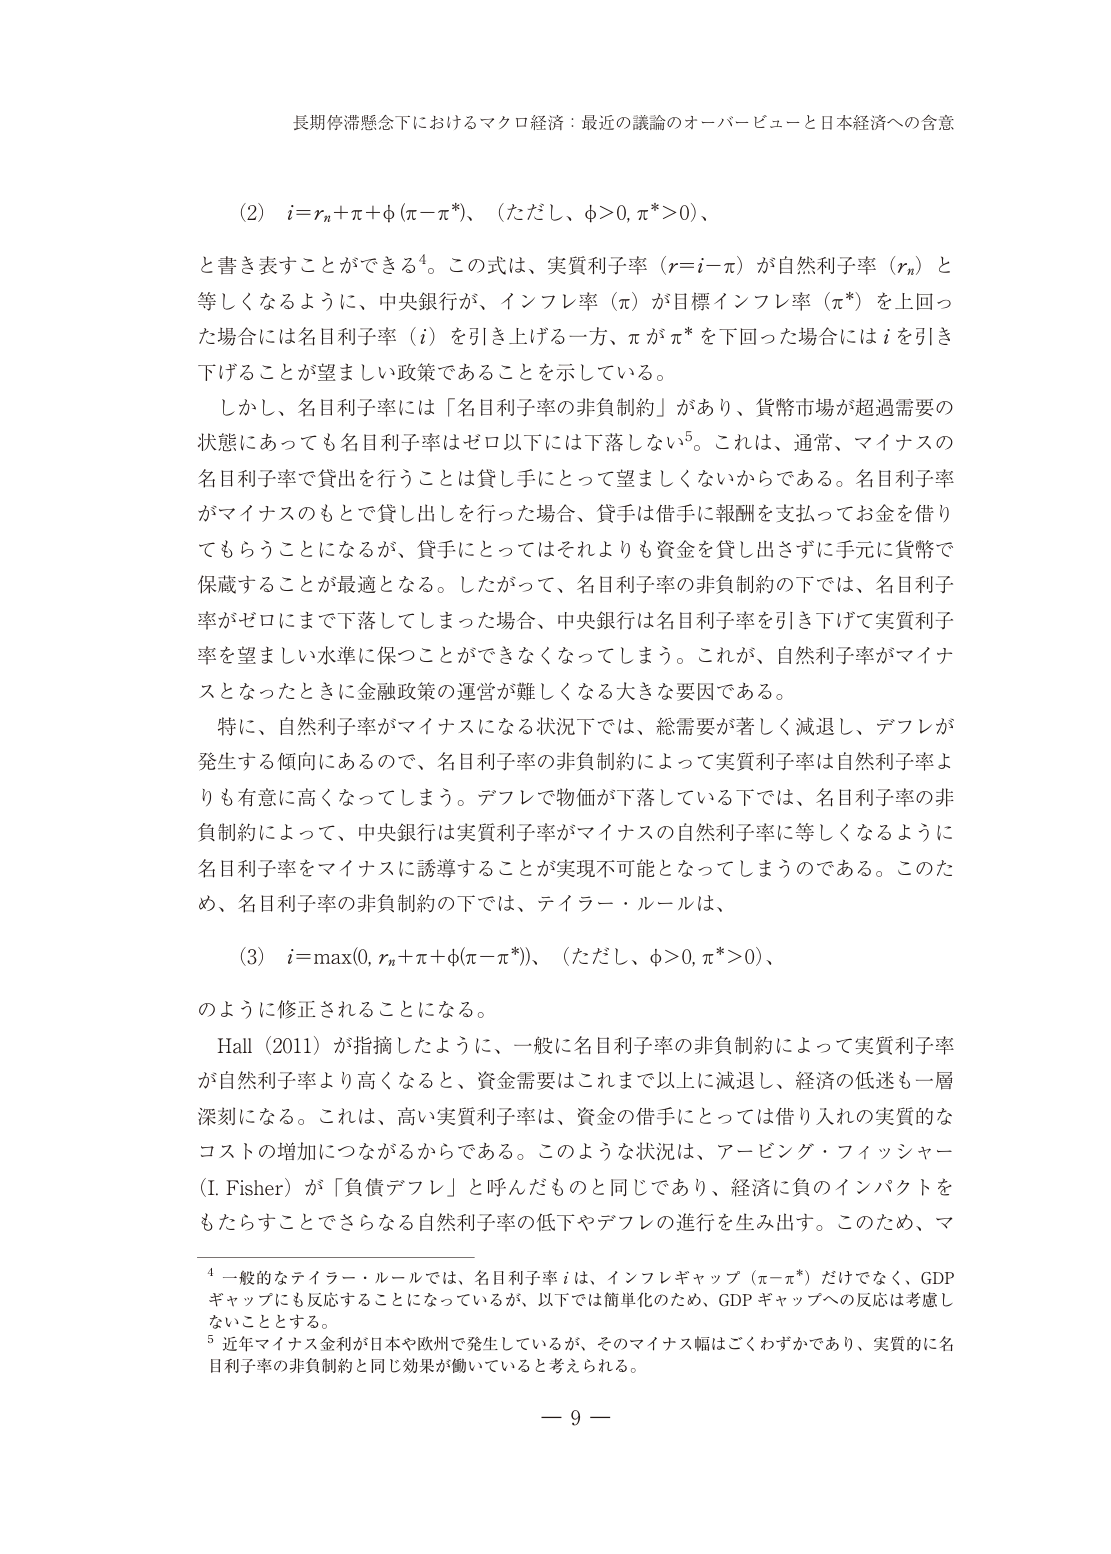
長期停滞懸念下におけるマクロ経済：最近の議論のオーバービューと日本経済への含意

(2)　i = r_n + π + φ(π - π*)、（ただし、φ > 0, π* > 0）、
と書き表すことができる⁴。この式は、実質利子率（r = i - π）が自然利子率（r_n）と等しくなるように、中央銀行が、インフレ率（π）が目標インフレ率（π*）を上回った場合には名目利子率（i）を引き上げる一方、πがπ*を下回った場合にはiを引き下げることが望ましい政策であることを示している。

しかし、名目利子率には「名目利子率の非負制約」があり、貨幣市場が超過需要の状態にあっても名目利子率はゼロ以下には下落しない⁵。これは、通常、マイナスの名目利子率で貸出を行うことは貸し手にとって望ましくないからである。名目利子率がマイナスのもとで貸し出しを行った場合、貸手は借手に報酬を支払ってお金を借りてもらうことになるが、貸手にとってはそれよりも資金を貸し出さずに手元に貨幣で保管することが最適となる。したがって、名目利子率の非負制約の下では、名目利子率がゼロにまで下落してしまった場合、中央銀行は名目利子率を引き下げて実質利子率を望ましい水準に保つことができなくなってしまう。これが、自然利子率がマイナスとなったときに金融政策の運営が難しくなる大きな要因である。

特に、自然利子率がマイナスになる状況下では、総需要が著しく減退し、デフレが発生する傾向にあるので、名目利子率の非負制約によって実質利子率は自然利子率よりも有意に高くなってしまう。デフレで物価が下落している下では、名目利子率の非負制約によって、中央銀行は実質利子率がマイナスの自然利子率に等しくなるように名目利子率をマイナスに誘導することが実現不可能となってしまうのである。このため、名目利子率の非負制約の下では、テイラー・ルールは、

(3)　i = max(0, r_n + π + φ(π - π*))、（ただし、φ > 0, π* > 0）、
のように修正されることになる。

Hall（2011）が指摘したように、一般に名目利子率の非負制約によって実質利子率が自然利子率より高くなると、資金需要はこれまで以上に減退し、経済の低迷も一層深刻になる。これは、高い実質利子率は、資金の借手にとっては借り入れの実質的なコストの増加につながるからである。このような状況は、アービング・フィッシャー（I. Fisher）が「負債デフレ」と呼んだものと同じであり、経済に負のインパクトをもたらすことができる自然利子率の低下やデフレの進行を生み出す。このため、マ

⁴ 一般的なテイラー・ルールでは、名目利子率iは、インフレギャップ（π - π*）だけでなく、GDPギャップにも反応することになっているが、以下では簡素化のため、GDPギャップへの反応は考慮しないこととする。

⁵ 近年マイナス金利が日本や欧州で発生しているが、そのマイナス幅はごくわずかであり、実質的に名目利子率の非負制約と同じ効果が働いていると考えられる。

— 9 —